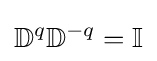
\mathbb {D} ^{q}\mathbb {D} ^{-q}=\mathbb {I}